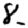
Digit: 8